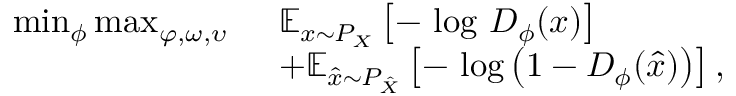
\begin{array} { r l } { \small \operatorname* { m i n } _ { \phi } \operatorname* { m a x } _ { \varphi , \omega , \upsilon } \mathrm { ~ } } & { \mathbb { E } _ { x \sim P _ { X } } \left[ - \mathrm { ~ l o g ~ } D _ { \phi } ( x ) \right] } \\ & { + \mathbb { E } _ { \hat { x } \sim P _ { \hat { X } } } \left[ - \mathrm { ~ l o g } \left( 1 - D _ { \phi } ( \hat { x } ) \right) \right] , } \end{array}